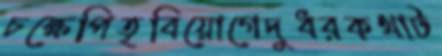
চক্ষেপিতৃবিয়োগেদুধরকথাট